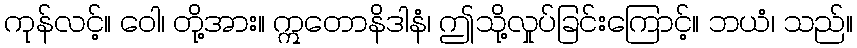
ကုန်လင့်။ ဝေါ၊ တို့အား။ ဣတောနိဒါနံ၊ ဤသို့လှုပ်ခြင်းကြောင့်။ ဘယံ၊ သည်။